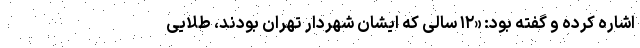
اشاره کرده و گفته بود: «۱۲ سالی که ایشان شهردار تهران بودند، طلایی